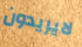
لايريدون